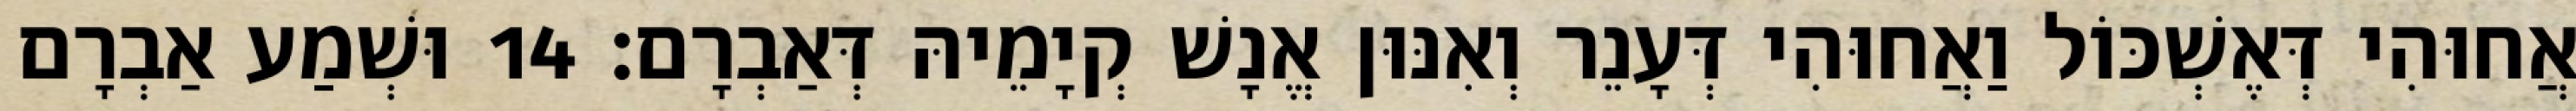
אֲחוּהִי דְּאֶשְׁכּוֹל וַאֲחוּהִי דְּעָנֵר וְאִנּוּן אֱנָשׁ קְיָמֵיהּ דְּאַבְרָם׃ 14 וּשְׁמַע אַבְרָם